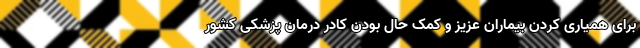
برای همیاری کردن بیماران عزیز و کمک حال بودن کادر درمان پزشکی کشور